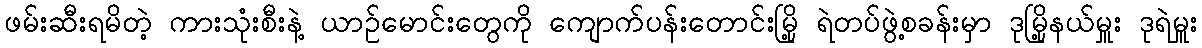
ဖမ်းဆီးရမိတဲ့ ကားသုံးစီးနဲ့ ယာဉ်မောင်းတွေကို ကျောက်ပန်းတောင်းမြို့ ရဲတပ်ဖွဲ့စခန်းမှာ ဒုမြို့နယ်မှူး ဒုရဲမှူး